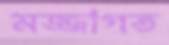
মজ্জাগত